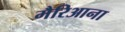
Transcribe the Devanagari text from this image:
मैरिआना